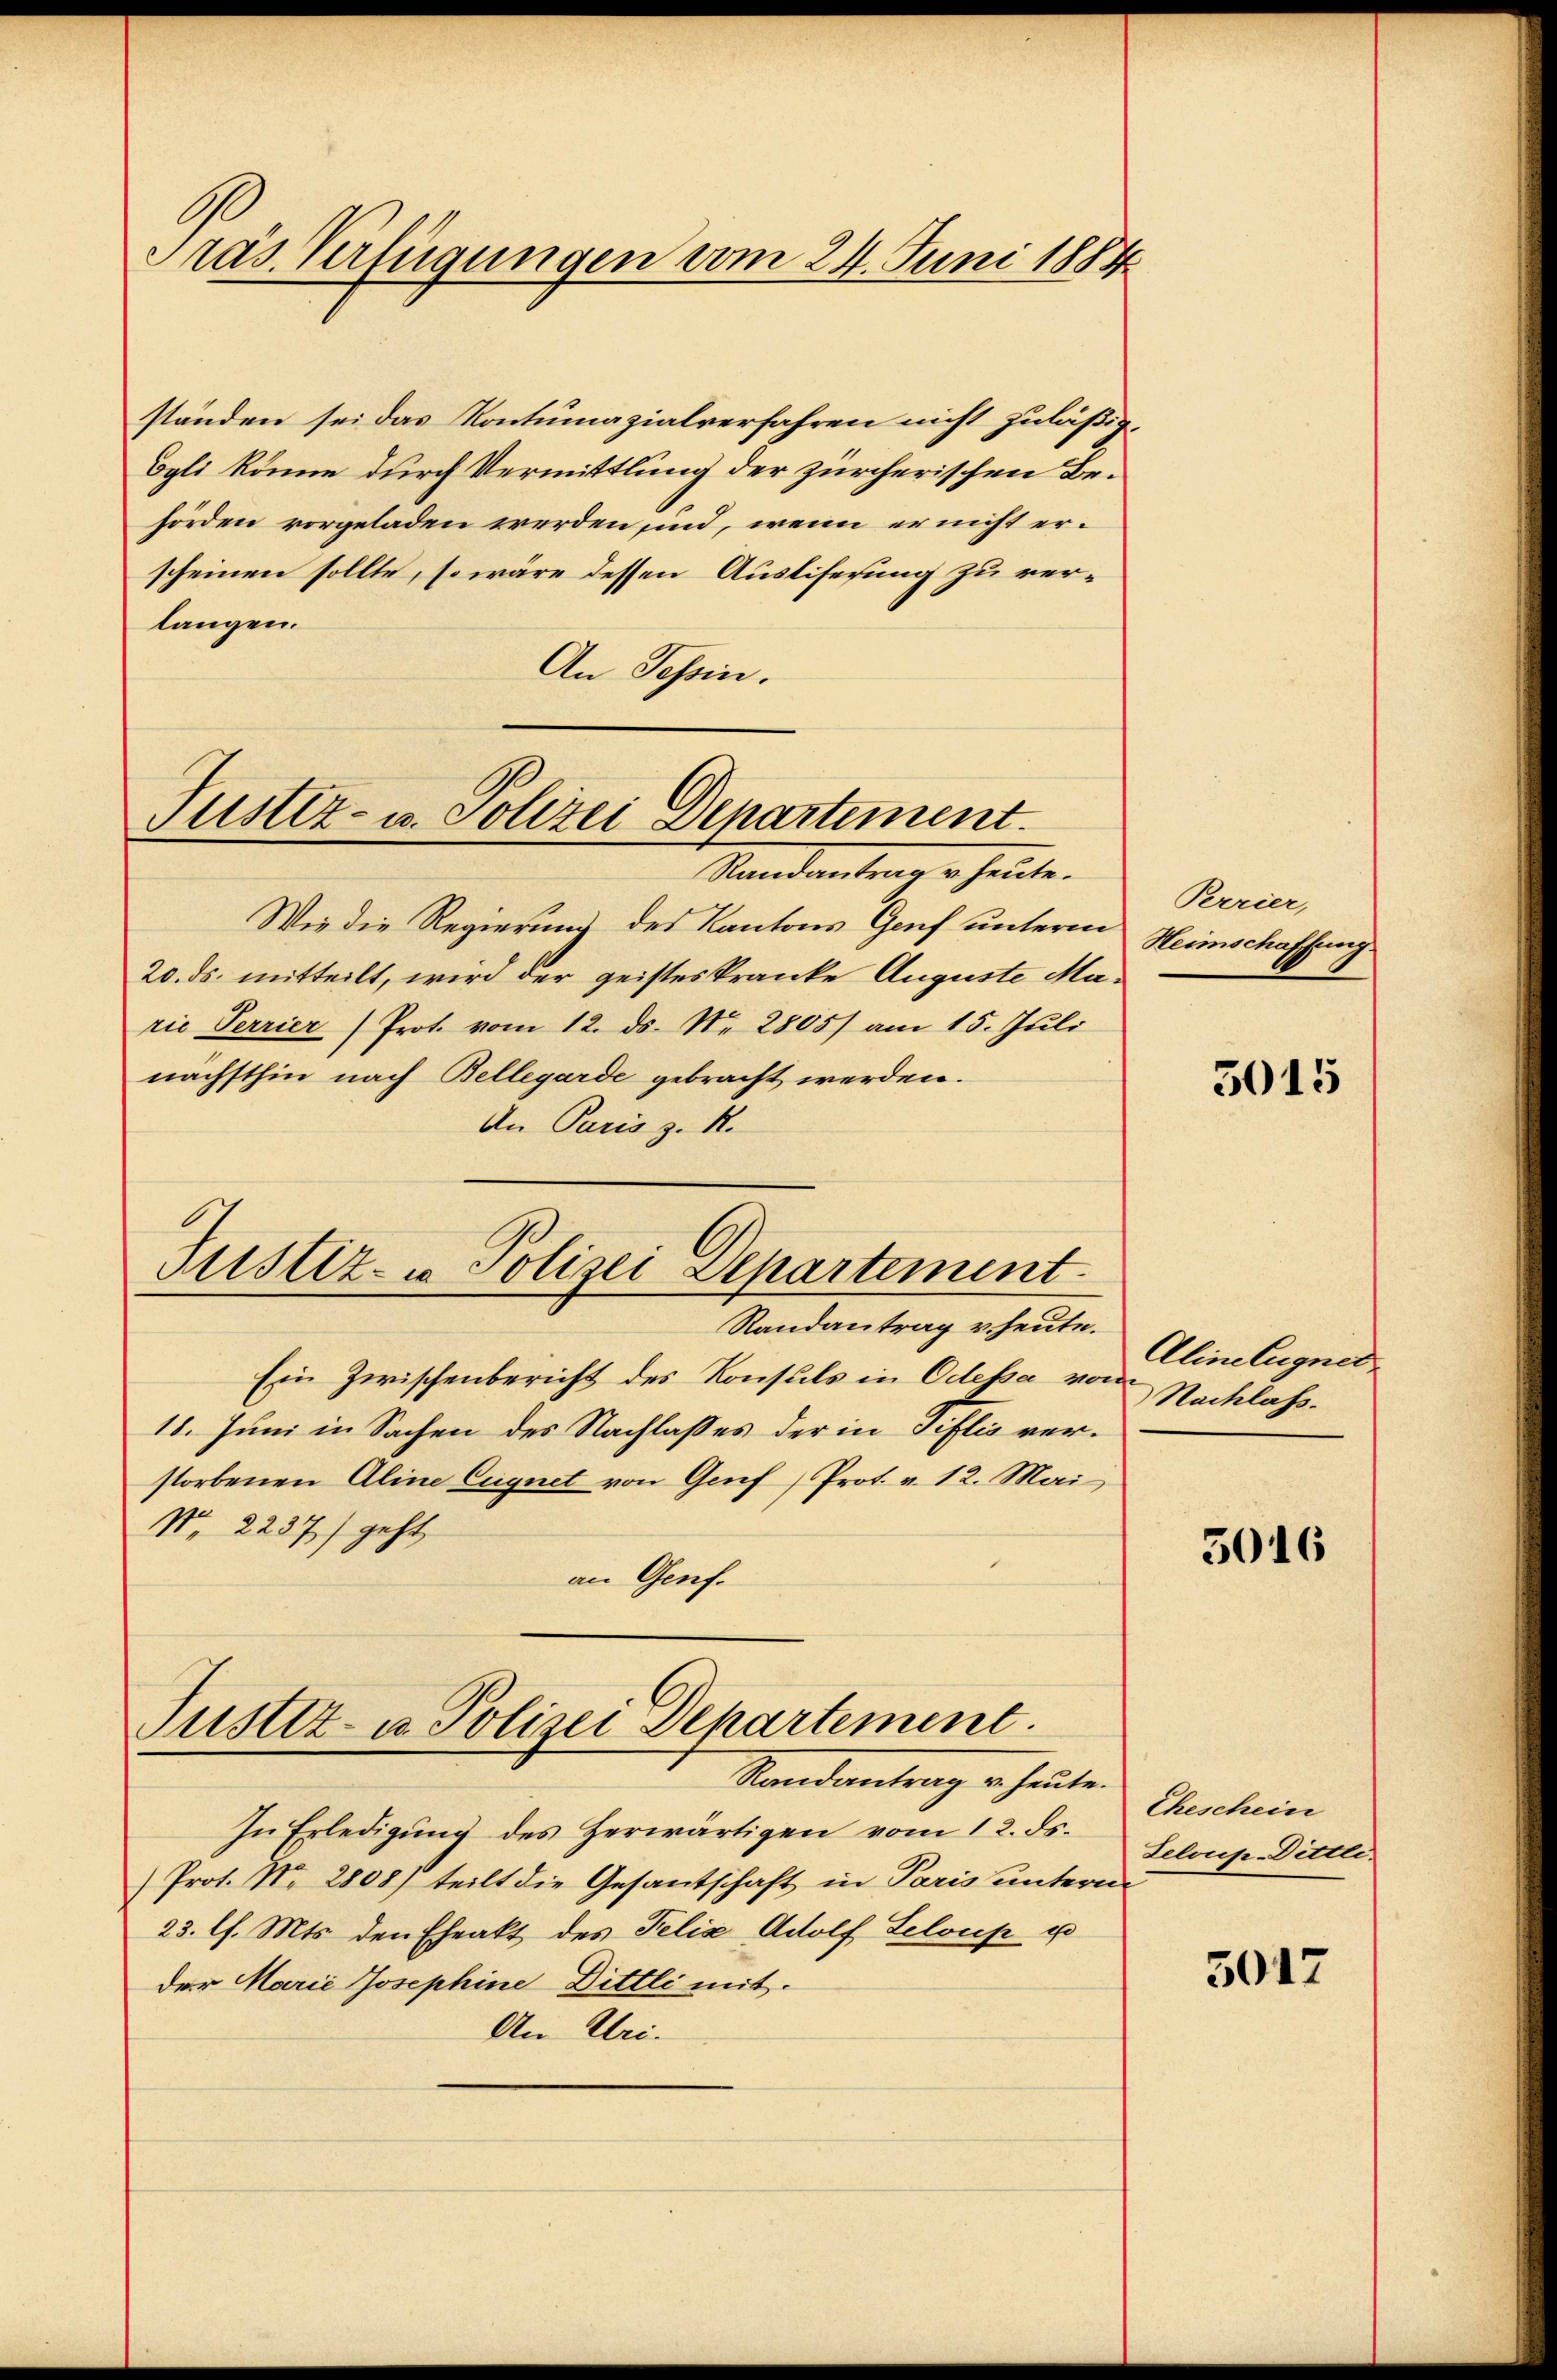
Pras Verfügungen vom 24. Juni 1884

ständen sei das Kontumazialverfahren nicht zuläßig.
Egli könne durch Vermittlung der zürcherischen Behörden vorgeladen werden, ind, wenn er nicht erscheinen sollte, so wäre dessen Auslisesung zu verlangen.
An Tessin.

Justiz- u. Polizei Departiment.

Randantrag u. heute.
Wie die Regierung des Kantons Genf unterm
20. ds. mitteilt, wird der geisteskranke Auguste Ma
rie Perrier Prot. vom 12. ds. Nr. 2805/ am 15. Jŭli
nächsthin nach Bellegarde gebracht werden.
An Paris z. B.
Justiz- u Polizei Departement
Randantrag v. heute.
Ein Zwischenbericht des Konsuls in Odessa vom
18. Juni in Sachen des Nachlasses der in Tiflis verstorbenen Aline Cugnet von Genf, Prot. v. 12. Mai
Nro 2237) geht,
an Genf.

Justiz- u. Polizei Departement.

Randantrag er heute.
In Erledigung des Herwärtigen vom 12. ds.
Prot. No. 2808) teilt die Gesandtschaft in Paris untern
23. l. Mts. den Eheakt des Felix Adolf Seloup u
der Marie Josephine Dittli mit.
An Uri.

Perrier,
Heimschaffung.

5015

Aline ligner
Nachlass.

5016

Eheschein
Leloup-Dittli.

5017